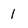
Character: 1